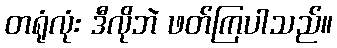
တရုံလုံး ဒီလိုဘဲ ဖတ်ကြပါသည်။